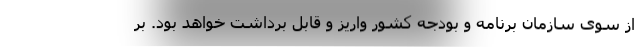
از سوی سازمان برنامه و بودجه کشور واریز و قابل برداشت خواهد بود. بر